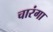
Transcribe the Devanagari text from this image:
चारंगा